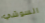
السوشي